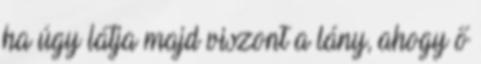
ha úgy látja majd viszont a lány, ahogy ő